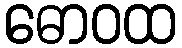
ဓောဝထ